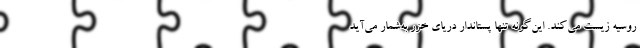
روسیه زیست می‌کند. این‌گونه تنها پستاندار دریای خزر به‌شمار می‌آید